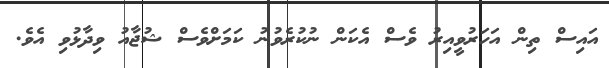
އައިސް ތިން އަހަރުވީއިރު ވެސް އެކަން ނުކުރެވުނު ކަމަށްވެސް ޝުޖާއު ވިދާޅުވި އެވެ.